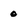
Character: 0